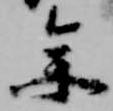
参